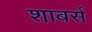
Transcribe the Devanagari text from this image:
शाबर्स